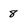
Character: 8